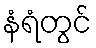
နံရံတွင်